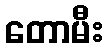
တောမီး